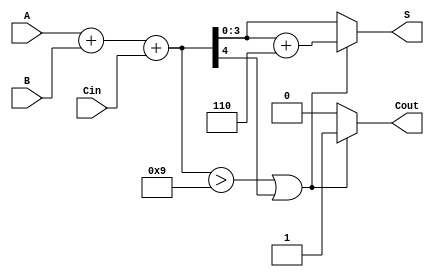
module BCD_Asynchronous_Adder (
    input [3:0] A,      // 4-bit BCD input A
    input [3:0] B,      // 4-bit BCD input B
    input Cin,          // Carry-in
    output reg [3:0] S, // 4-bit BCD output S
    output reg Cout     // Carry-out
);

    // Internal signals
    wire [4:0] sum;     // 5-bit sum to accommodate carry
    wire correction;     // Correction flag

    // Step 1: Perform binary addition
    assign sum = A + B + Cin;

    // Step 2: Determine if correction is needed
    assign correction = (sum > 9) || (sum[4]); // Check if sum exceeds BCD limit or if there is a carry

    // Step 3: Generate outputs
    always @(*) begin
        if (correction) begin
            S = sum + 5'b00110; // Add 6 for BCD correction
            Cout = 1;            // Set carry-out
        end else begin
            S = sum[3:0];        // No correction needed
            Cout = 0;            // No carry-out
        end
    end

endmodule